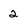
Character: 2